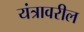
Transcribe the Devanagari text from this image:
यंत्रावरील